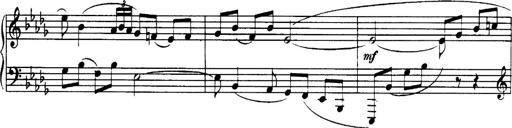
Title: 3 Sonatinas, Op.67
Composer: Jean Sibelius